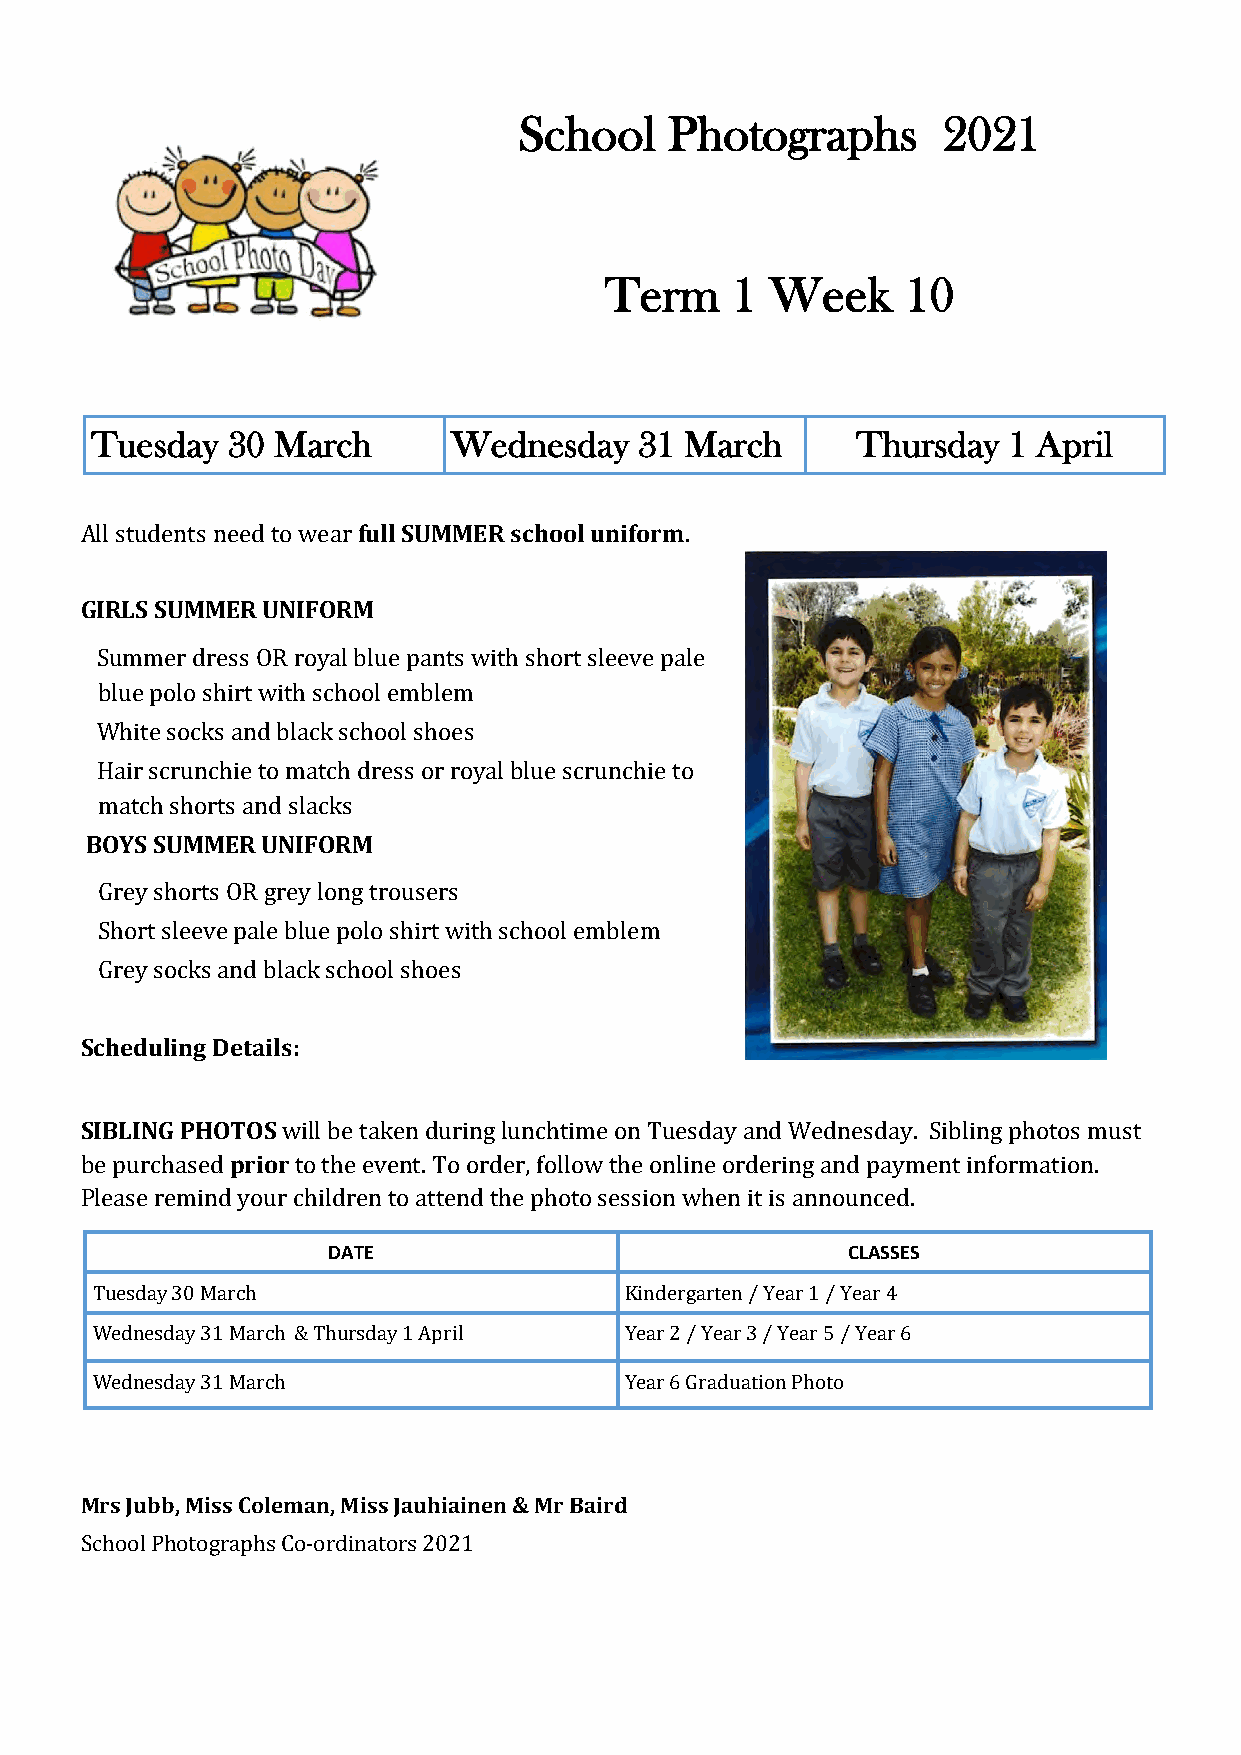
School    Photographs       2021
 Term    1  Week     10
 Tuesday  30 March       Wednesday   31 March       Thursday  1 April
 All students need to wear full SUMMER school uniform.
 GIRLS SUMMER UNIFORM
 Summer dress OR royal blue pants with short sleeve pale
 blue polo shirt with school emblem
 White socks and black school shoes
 Hair scrunchie to match dress or royal blue scrunchie to
 match shorts and slacks
 BOYS SUMMER UNIFORM
 Grey shorts OR grey long trousers
 Short sleeve pale blue polo shirt with school emblem
 Grey socks and black school shoes
 Scheduling Details:
 SIBLING PHOTOS will be taken during lunchtime on Tuesday and Wednesday. Sibling photos must
 be purchased prior to the event. To order, follow the online ordering and payment information.
 Please remind your children to attend the photo session when it is announced.
 DATE                              CLASSES
 Tuesday 30 March                   Kindergarten / Year 1 / Year 4
 Wednesday 31 March & Thursday 1 April Year 2 / Year 3 / Year 5 / Year 6
 Wednesday 31 March                 Year 6 Graduation Photo
 Mrs Jubb, Miss Coleman, Miss Jauhiainen & Mr Baird
 School Photographs Co-ordinators 2021